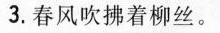
3.春风吹拂着柳丝。